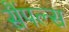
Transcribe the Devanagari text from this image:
सैंपल्स